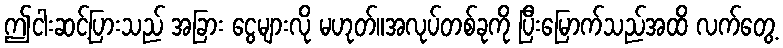
ဤငါးဆင့်ပြားသည် အခြား ငွေများလို မဟုတ်။အလုပ်တစ်ခုကို ပြီးမြောက်သည်အထိ လက်တွေ့